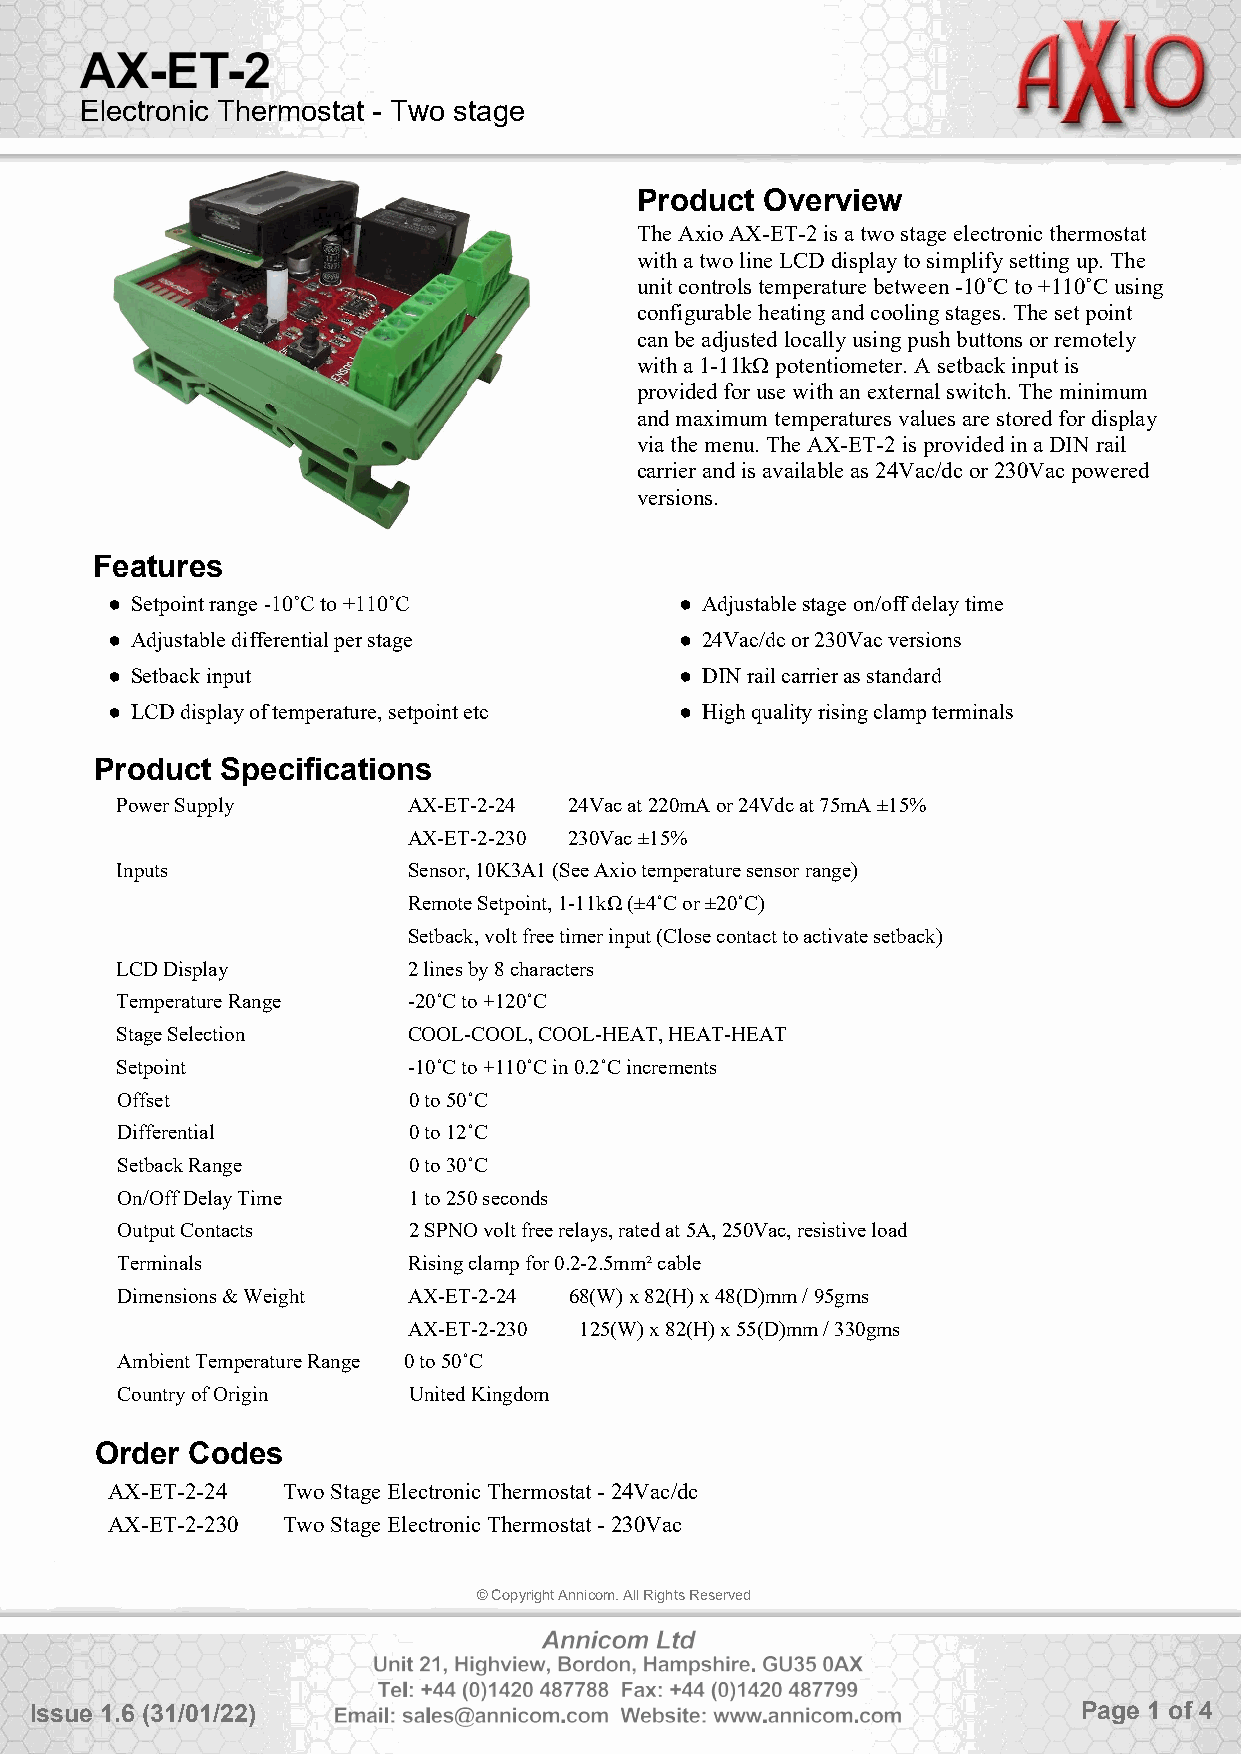
Electronic Thermostat - Two stage
 Product  Overview
 The Axio AX-ET-2 is a two stage electronic thermostat
 with a two line LCD display to simplify setting up. The
 unit controls temperature between -10˚C to +110˚C using
 configurable heating and cooling stages. The set point
 can be adjusted locally using push buttons or remotely
 with a 1­11kΩ potentiometer. A setback input is
 provided for use with an external switch. The minimum
 and maximum temperatures values are stored for display
 via the menu. The AX-ET-2 is provided in a DIN rail
 carrier and is available as 24Vac/dc or 230Vac powered
 versions.
 Features
 ● Setpoint range -10˚C to +110˚C      ● Adjustable stage on/off delay time
 ● Adjustable differential per stage   ● 24Vac/dc or 230Vac versions
 ● Setback input                       ● DIN rail carrier as standard
 ● LCD display of temperature, setpoint etc ● High quality rising clamp terminals
 Product  Specifications
 Power Supply       AX-ET-2-24 24Vac at 220mA or 24Vdc at 75mA±15%
 AX-ET-2-230 230Vac±15%
 Inputs             Sensor, 10K3A1 (See Axio temperature sensor range)
 Remote Setpoint, 1-11kΩ (±4˚C or ±20˚C)
 Setback, volt free timer input (Close contact to activate setback)
 LCD Display        2 lines by 8 characters
 Temperature Range  -20˚C to +120˚C
 Stage Selection    COOL-COOL, COOL-HEAT, HEAT-HEAT
 Setpoint           -10˚C to +110˚C in 0.2˚C increments
 Offset             0 to 50˚C
 Differential       0 to 12˚C
 Setback Range      0 to 30˚C
 On/Off Delay Time  1 to 250 seconds
 Output Contacts    2 SPNO volt free relays, rated at 5A, 250Vac, resistive load
 Terminals          Rising clamp for 0.2-2.5mm² cable
 Dimensions & Weight AX-ET-2-24 68(W) x 82(H) x 48(D)mm / 95gms
 AX-ET-2-230 125(W) x 82(H) x 55(D)mm / 330gms
 Ambient Temperature Range 0 to 50˚C
 Country of Origin  United Kingdom
 Order Codes
 AX-ET-2-24  Two Stage Electronic Thermostat - 24Vac/dc
 AX-ET-2-230 Two Stage Electronic Thermostat - 230Vac
 © Copyright Annicom. All Rights Reserved
 Issue 1.6 (31/01/22)                                                  Page 1 of 4